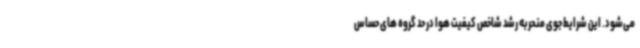
می‌شود. این شرایط جوی منحربه رشد شاخص کیفیت هوا در حد گروه های حساس